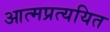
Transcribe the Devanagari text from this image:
आत्मप्रत्ययित